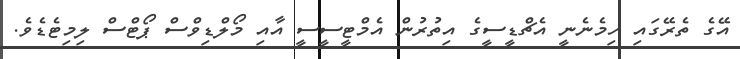
އޭގެ ތެރޭގައި ހިމެނެނީ އެޗްޑީސީގެ އިތުރުން އެމްޓީސީސީ އާއި މޯލްޑިވްސް ޕޯޓްސް ލިމިޓެޑެވެ.